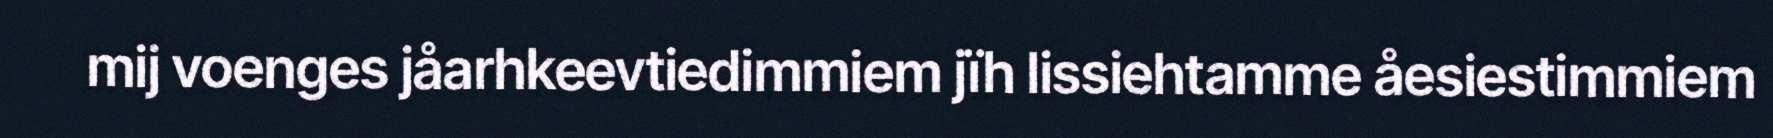
mij voenges jåarhkeevtiedimmiem jïh lissiehtamme åesiestimmiem